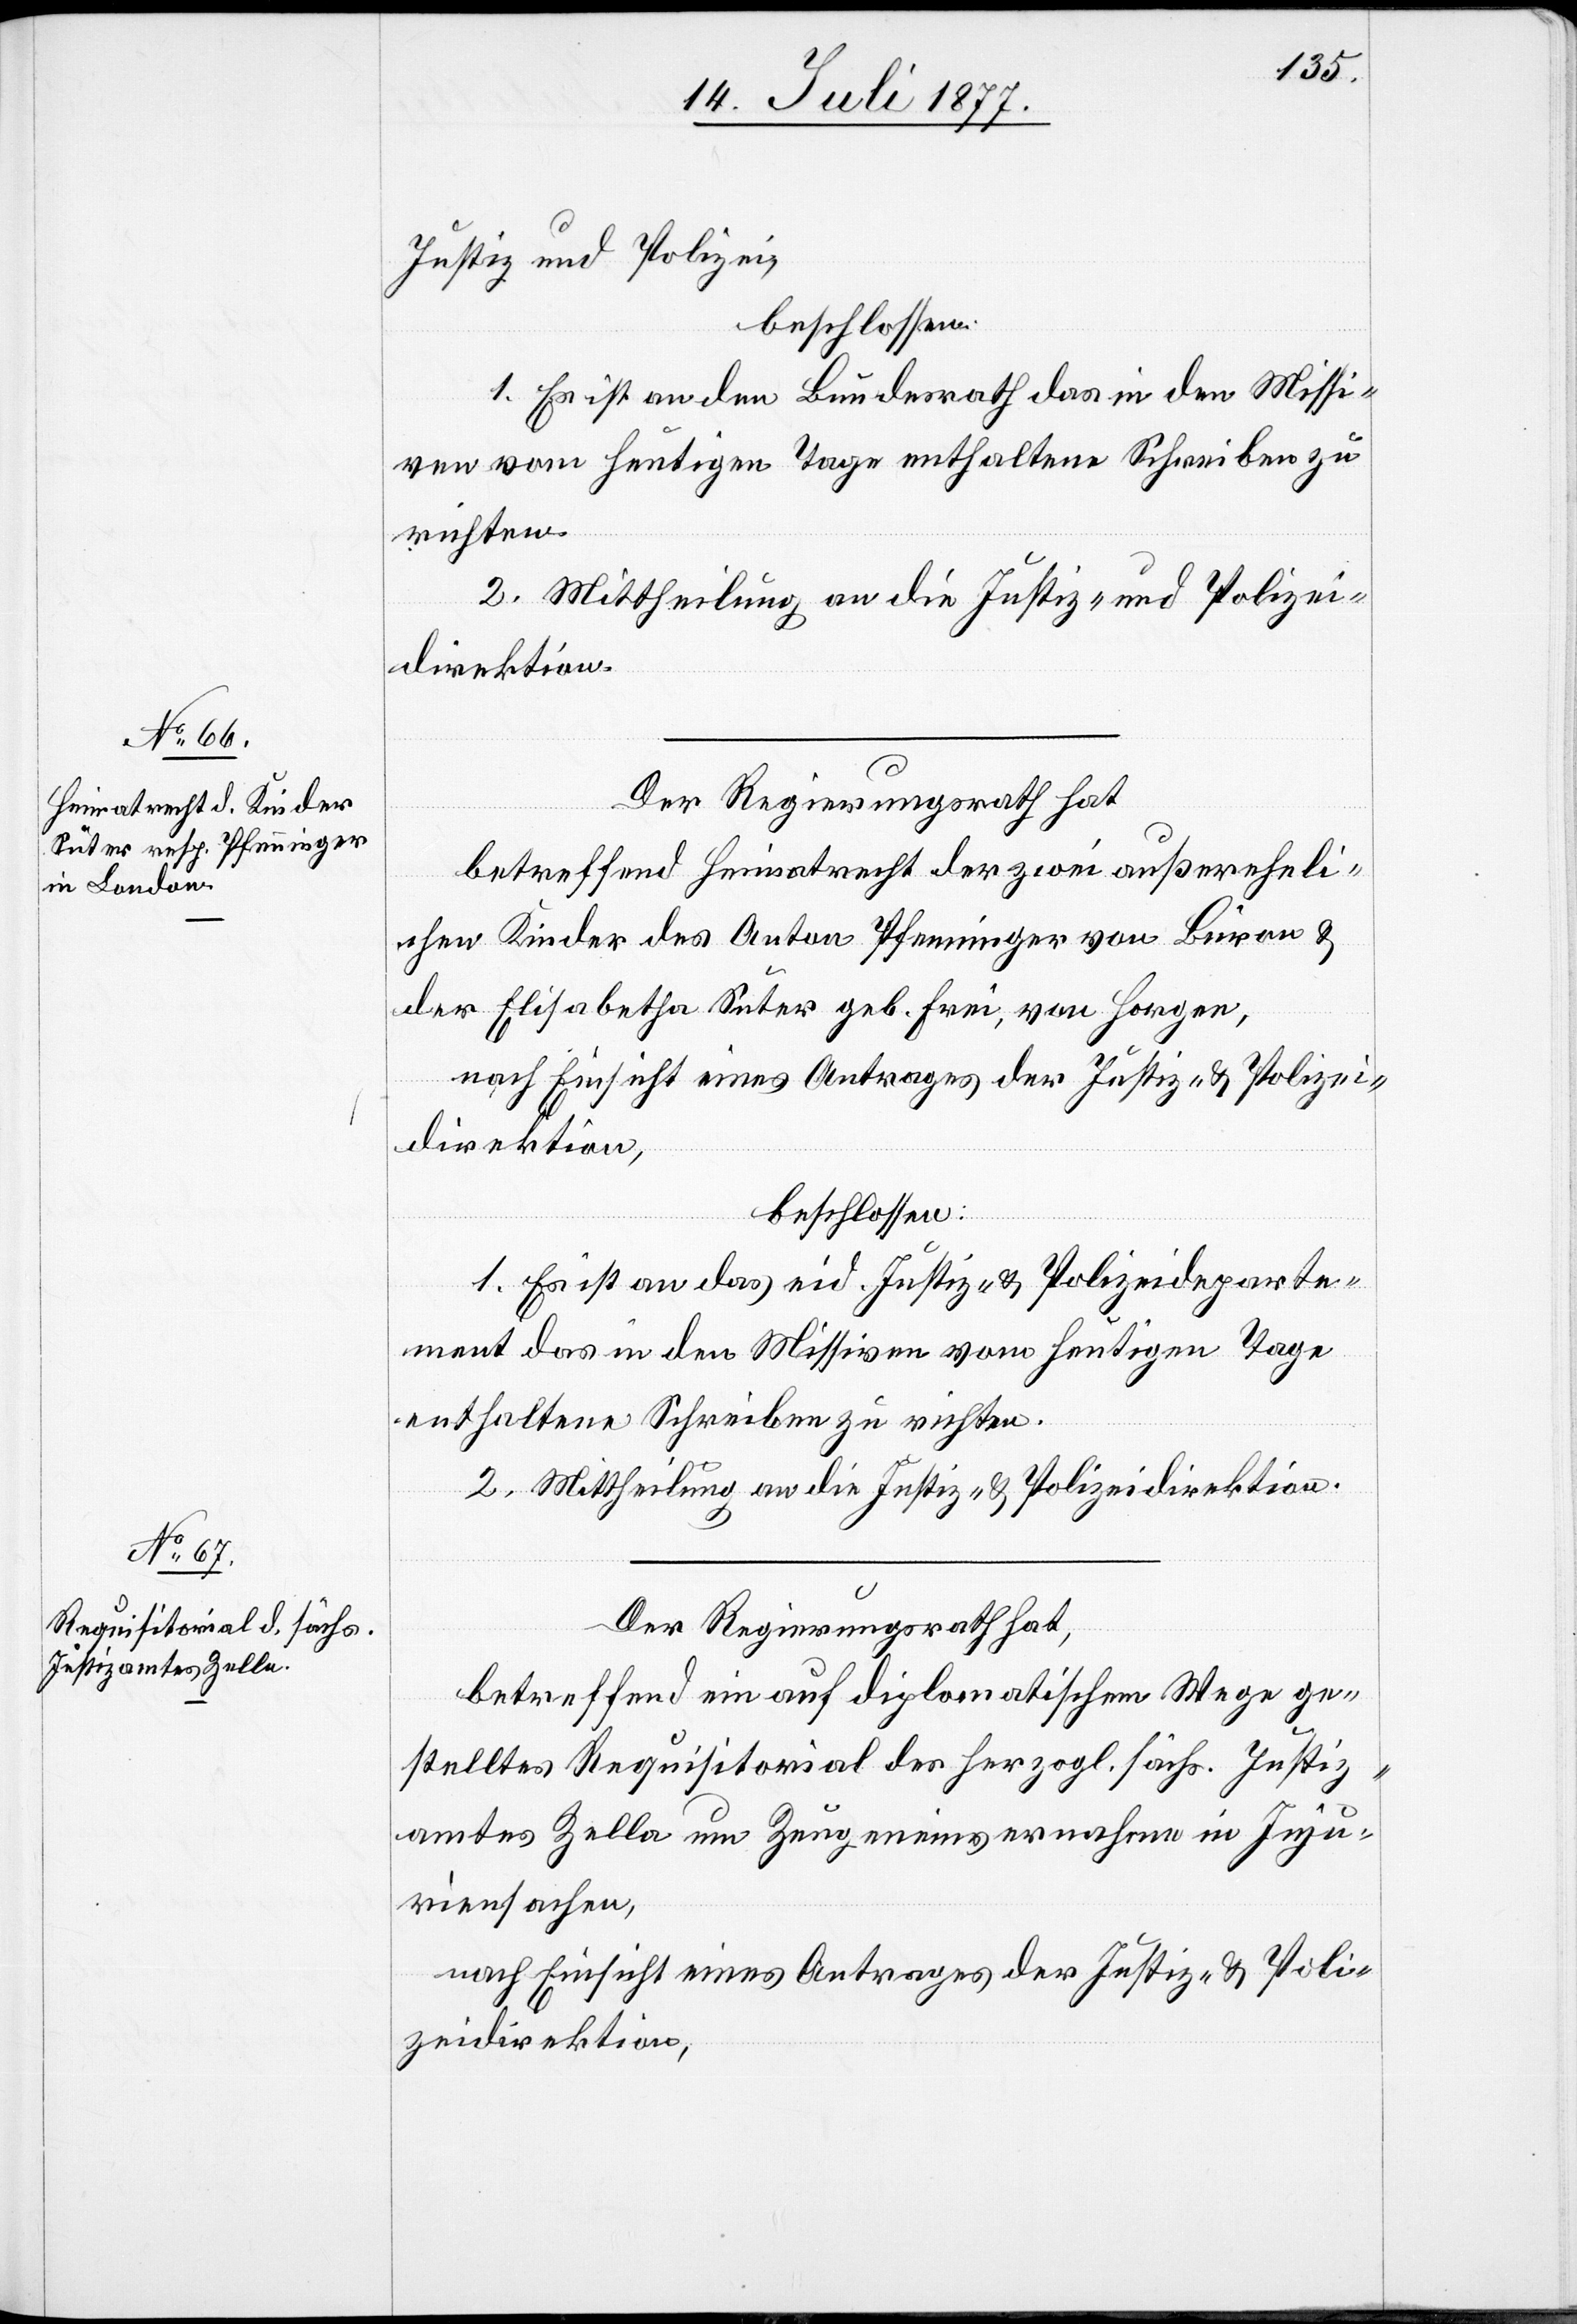
Justiz und Polizei,
beschlossen:
1. Es ist an den Bundesrath das in den Missi¬
ven vom heutigen Tage enthaltene Schreiben zu
richten.
2. Mittheilung an die Justiz- und Polizei¬
direktion.
Der Regierungsrath hat
betreffend Heimatrecht der zwei außereheli¬
chen Kinder des Anton Pfenninger von Büron &
der Elisabetha Suter geb. Frei, von Horgen,
nach Einsicht eines Antrages der Justiz- & Polizei¬
direktion,
beschlossen:
1. Es ist an das eid. Justiz- & Polizeideparte¬
ment das in den Missiven vom heutigen Tage
enthaltene Schreiben zu richten.
2. Mittheilung an die Justiz- & Polizeidirektion.
Der Regierungsrath hat,
betreffend ein auf diplomatischem Wege ge¬
stelltes Requisitorial des herzogl. sächs. Justiz¬
amtes Zella um Zeugeneinvernahme in Inju¬
riensachen,
nach Einsicht eines Antrages der Justiz- & Poli¬
zeidirektion,